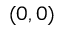
( 0 , 0 )